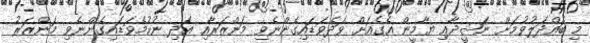
މި ބައްދަލުވުމަށް ނަޝީދާއި ޔާމީން އެގެއަށް ވަދެވަޑައިގެންނެވި މަންޒަރާއި އަދި ނުކުމެވަޑައިގެންނެވި މަންޒަރު